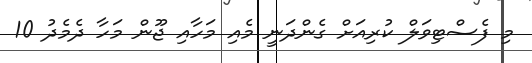
މި ފެސްޓިވަލް ކުރިއަށް ގެންދަނީ މެއި މަހާއި ޖޫން މަހާ ދެމެދު 10